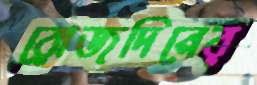
রোজদিনের